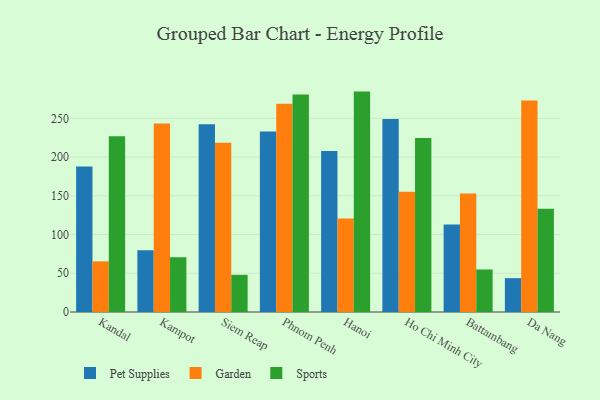
{"axis": {"x": "City", "y": "Headcount"}, "legend": ["Garden", "Pet Supplies", "Sports"], "data": [{"x": "Kandal", "y": 187.8, "type": "Pet Supplies"}, {"x": "Kandal", "y": 65.4, "type": "Garden"}, {"x": "Kandal", "y": 226.9, "type": "Sports"}, {"x": "Kampot", "y": 79.7, "type": "Pet Supplies"}, {"x": "Kampot", "y": 243.4, "type": "Garden"}, {"x": "Kampot", "y": 70.7, "type": "Sports"}, {"x": "Siem Reap", "y": 242.4, "type": "Pet Supplies"}, {"x": "Siem Reap", "y": 218.4, "type": "Garden"}, {"x": "Siem Reap", "y": 48.0, "type": "Sports"}, {"x": "Phnom Penh", "y": 233.2, "type": "Pet Supplies"}, {"x": "Phnom Penh", "y": 269.0, "type": "Garden"}, {"x": "Phnom Penh", "y": 280.7, "type": "Sports"}, {"x": "Hanoi", "y": 207.8, "type": "Pet Supplies"}, {"x": "Hanoi", "y": 120.7, "type": "Garden"}, {"x": "Hanoi", "y": 284.6, "type": "Sports"}, {"x": "Ho Chi Minh City", "y": 249.1, "type": "Pet Supplies"}, {"x": "Ho Chi Minh City", "y": 155.3, "type": "Garden"}, {"x": "Ho Chi Minh City", "y": 224.7, "type": "Sports"}, {"x": "Battambang", "y": 113.0, "type": "Pet Supplies"}, {"x": "Battambang", "y": 152.9, "type": "Garden"}, {"x": "Battambang", "y": 54.9, "type": "Sports"}, {"x": "Da Nang", "y": 43.7, "type": "Pet Supplies"}, {"x": "Da Nang", "y": 273.0, "type": "Garden"}, {"x": "Da Nang", "y": 133.3, "type": "Sports"}]}